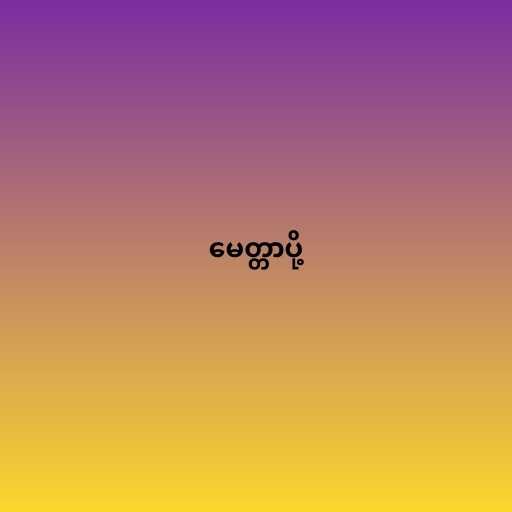
မေတ္တာပို့